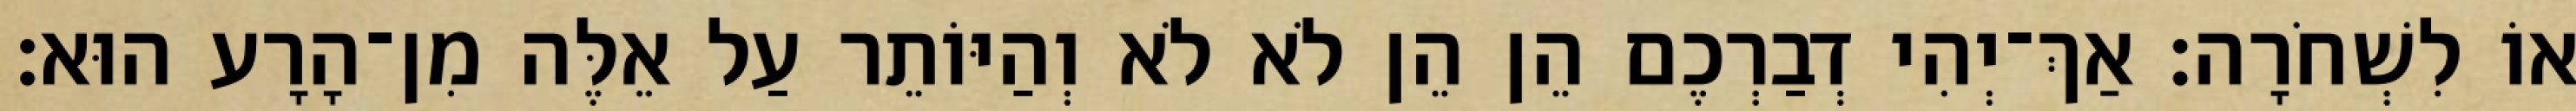
אוֹ לִשְׁחֹרָה׃ אַךְ־יְהִי דְבַרְכֶם הֵן הֵן לֹא לֹא וְהַיּוֹתֵר עַל אֵלֶּה מִן־הָרָע הוּא׃